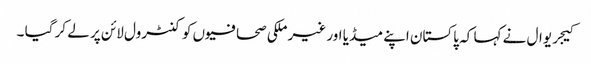
کیجریوال نے کہا کہ پاکستان اپنے میڈیا اور غیر ملکی صحافیوں کو کنٹرول لائن پر لے کر گیا ۔